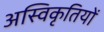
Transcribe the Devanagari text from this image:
अस्विकृतियों